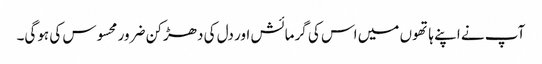
آپ نے اپنے ہاتھوں میں اس کی گرمائش اور دل کی دھڑکن ضرور محسوس کی ہوگی۔